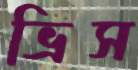
ভ্রিস